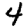
Digit: 4